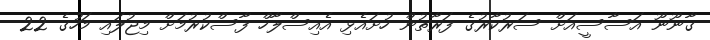
ގާނޫނޫ އަސާސީއަށް ސަރުކާރުގެ ފަރާތުން ހުށައެޅި އެއިސްލާހް ފާސްކުރުމަށް މިޖުލައި މަހުގެ 22